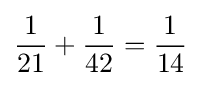
{\frac {1}{21}}+{\frac {1}{42}}={\frac {1}{14}}